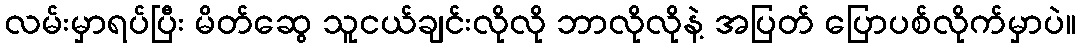
လမ်းမှာရပ်ပြီး မိတ်ဆွေ သူငယ်ချင်းလိုလို ဘာလိုလိုနဲ့ အပြတ် ပြောပစ်လိုက်မှာပဲ။